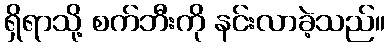
ရှိရာသို့ စက်ဘီးကို နင်းလာခဲ့သည်။